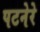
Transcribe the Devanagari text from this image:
पटनेरे